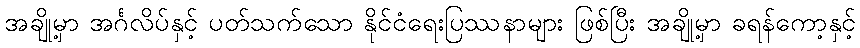
အချို့မှာ အင်္ဂလိပ်နှင့် ပတ်သက်သော နိုင်ငံရေးပြဿနာများ ဖြစ်ပြီး အချို့မှာ ခရန်ကော့နှင့်